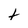
Character: t